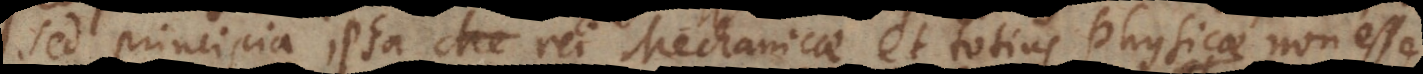
sed principia ipsa rei Mechanicae et totius Physicae non esse